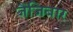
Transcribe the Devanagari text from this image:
जैंजिबार